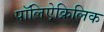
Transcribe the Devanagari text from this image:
पॉलिऐक्रिलिक